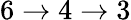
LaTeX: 6\rightarrow 4\rightarrow 3